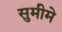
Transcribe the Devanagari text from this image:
सुमीमे